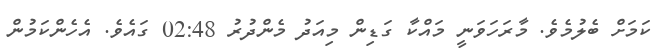
ކަމަށް ބެލުމެވެ. މާރަހަވަނީ މައްކާ ގަޑިން މިއަދު މެންދުރު 02:48 ގައެވެ. އެހެންކަމުން